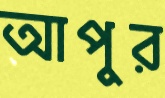
আপুর